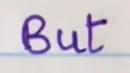
But